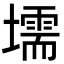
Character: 壖